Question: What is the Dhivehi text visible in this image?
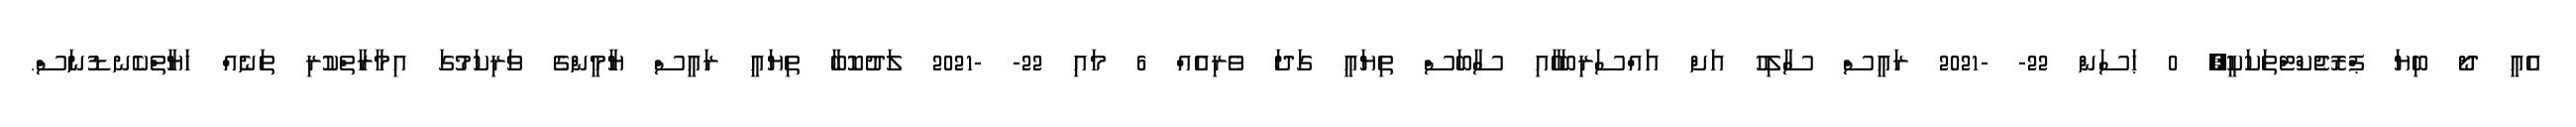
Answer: އެއީ ދޯ ބިޔަ ޕްރޮޖެކްޓްތަކަކީ? 0 ޙަސަން 22- -2021 ރައީސް ސާލިހު އަށް އައްސަރިބަހާެއި ސާބަސް ތިޔައީ ގަދަ ވެރިއެއް 6 މައި 22- -2021 ލަދުކޮބާ ތިޔައީ ރައީސް ޔާމީންގެ ވަރިކަމުގަ އިމާރާތްކުރި ތަނެއް ހަޔާތްކެނޑުނަސް.